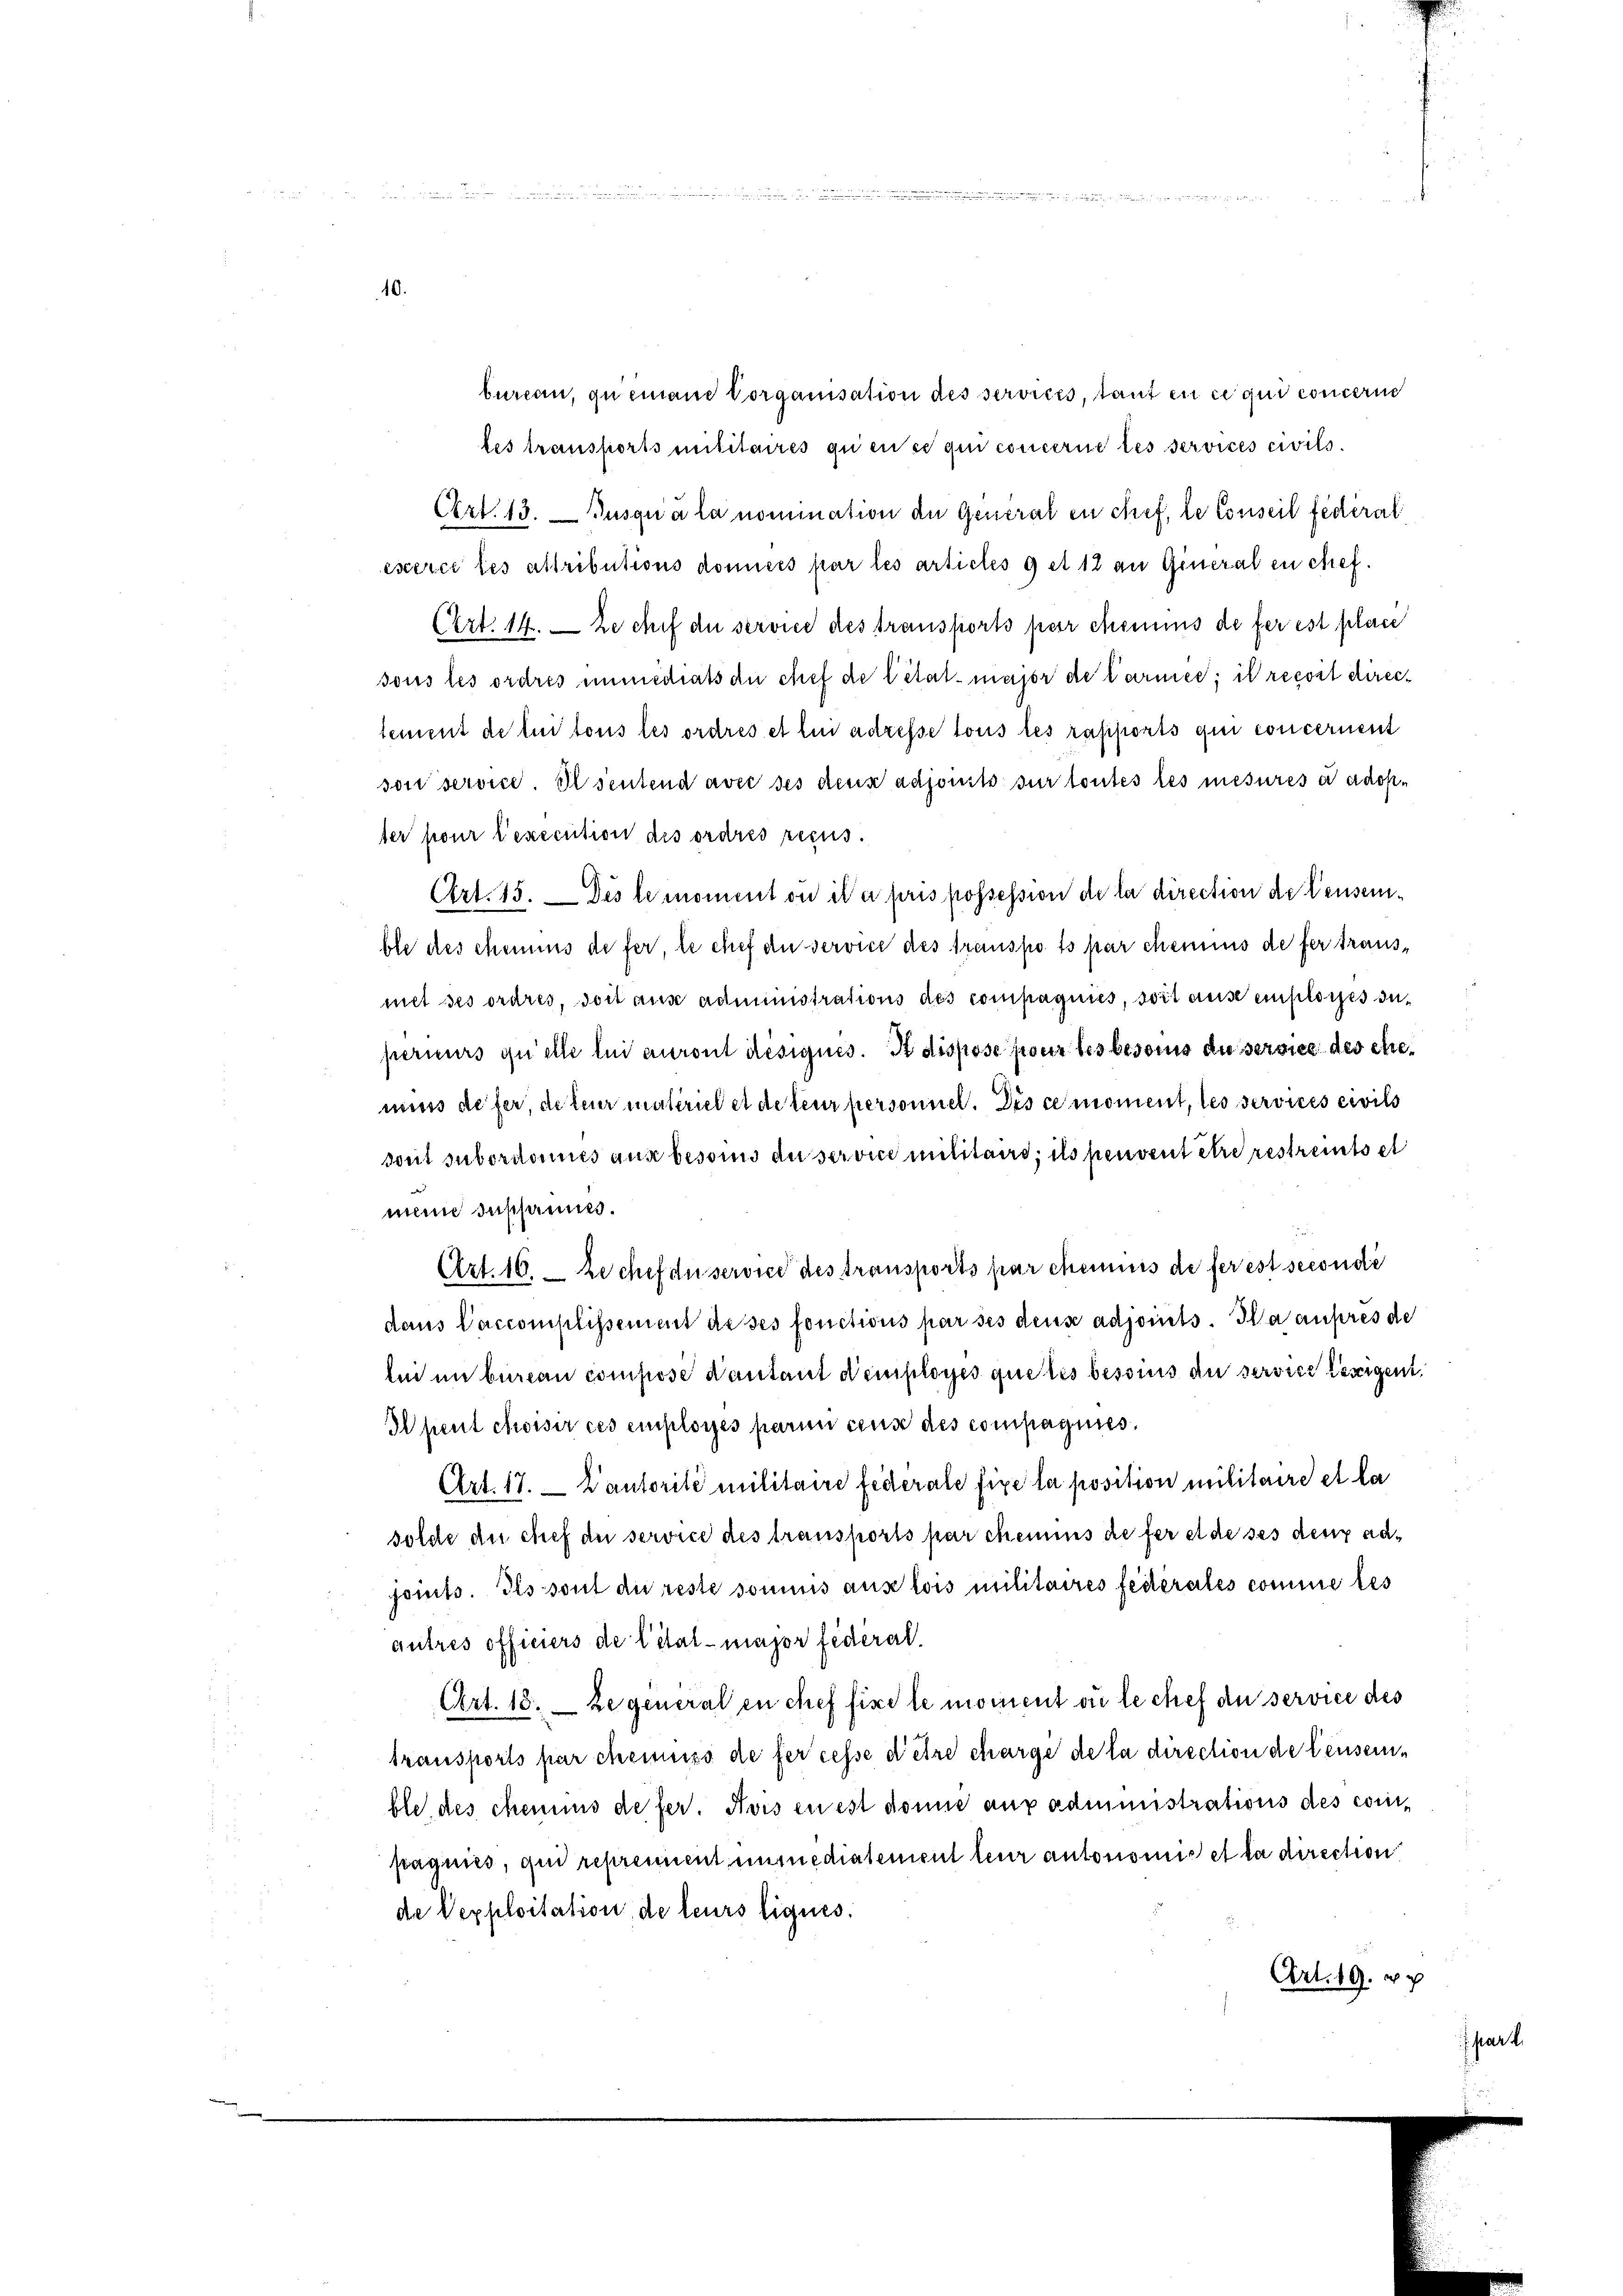
bureau, quemane Vorganisation des services, tant en ce qui concerin
tes transports militaires quense qui concerne les services civils.
Cert. 13. Jusqua la nomination der General en chef, le Conseil fédéral
exerce les attributions domices par les articles 9 et 12 an Generalen stief.
Art. 14. — Le chef die service des transports per chemins de fer est place
sous les ordres immediats der Stief de l’état major de Carmee; il recoit directement de lui tous les ordres et lui adresse tous les rapports qui concernent
son service Ilsentend avec des deux adjoints sur toutes les mesures à adopter pour lexecution des ordres recus.
Art. 15. Des le moment ou il a pris possession de la direction de leusenble des Meinus de fer, le chef an service des transpots par chemnis de fer trausmet ses ordres, soit aus administrations des compagnies, soit ause einsloses dapermurs qu’elle lui auront désignés. I dispose pour les besoins du service des ehemuss de fer, de leur materiel et de leur personnel. Dis ce moment, les services civils
sont subordonnes aus besoins du service militaire; ils peuvent être restreits et
meine Susannes.
Art. 16. — Le chef du service des transports par chemnis de fer est secondi
dans Caccomplissement dieses fonctions par ses deus adjoints. Ja autres de
lei in bureau compose Kautant Kemployés quetes besoins an servier wenigent
Alpent choisir ces employés paren cens des compagnies
Art. 17. L’autorité militaire federale fixe la position militaire et la
solche die chef der service des transports par chemis de fer et de ses deux adjoints. Ils sont die reste sonnus aus lois militaires feiterates comme les
autres officiers de l’état major Federal.
Art. 18. Regeneral en chef fixe le moment ou le chef an service des
transports par chemuss de fer cesse dietre charge de la direction de leusernble des chemis de fer. Avis en est donne aux administrations des conipagnies, qui reprennent immediatement teur autonomis et la direction
de Vepploitation de leurs liques.
Art. 19. Ap

part